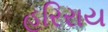
હરિરાય